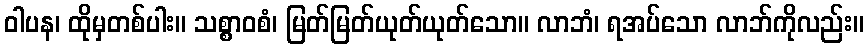
ဝါပန၊ ထိုမှတစ်ပါး။ သစ္စာဝစံ၊ မြတ်မြတ်ယုတ်ယုတ်သော။ လာဘံ၊ ရအပ်သော လာဘ်ကိုလည်း။